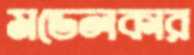
মডেলকার